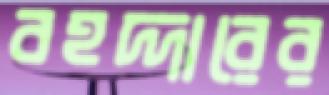
বহদ্দারের